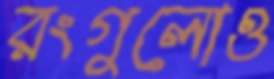
রংগুলোও